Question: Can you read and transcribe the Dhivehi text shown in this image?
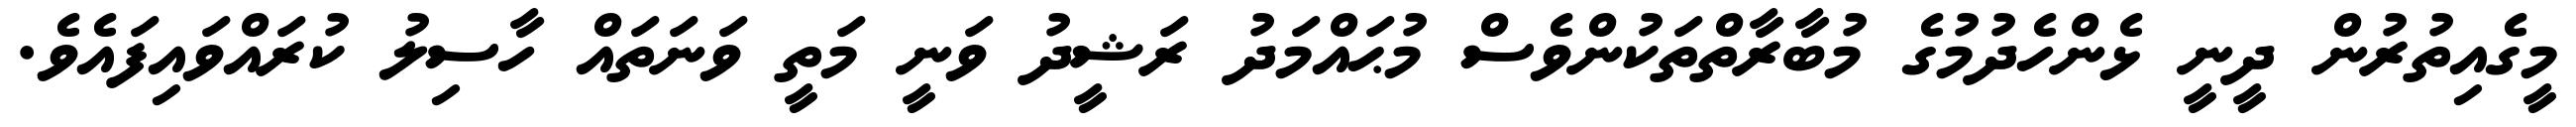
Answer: މީގެއިތުރުން ދީނީ ޅެންހެދުމުގެ މުބާރާތްތަކުންވެސް މުޙައްމަދު ރަޝީދު ވަނީ މަތީ ވަނަތައް ހާސިލު ކުރައްވައިފައެވެ.